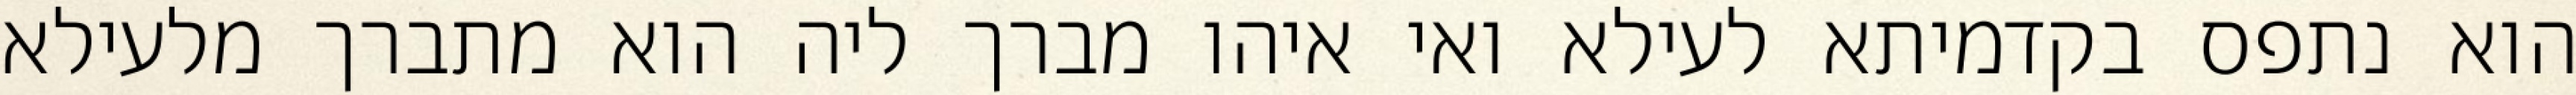
הוא נתפס בקדמיתא לעילא ואי איהו מברך ליה הוא מתברך מלעילא